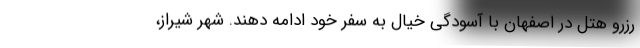
رزرو هتل در اصفهان با آسودگی خیال به سفر خود ادامه دهند. شهر شیراز،